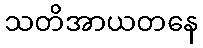
သတိအာယတနေ